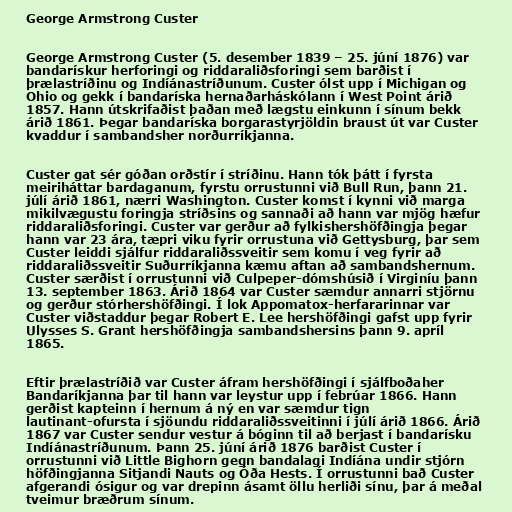
George Armstrong Custer

George Armstrong Custer (5. desember 1839 – 25. júní 1876) var
bandarískur herforingi og riddaraliðsforingi sem barðist í
þrælastríðinu og Indíánastríðunum. Custer ólst upp í Michigan og
Ohio og gekk í bandaríska hernaðarháskólann í West Point árið
1857. Hann útskrifaðist þaðan með lægstu einkunn í sínum bekk
árið 1861. Þegar bandaríska borgarastyrjöldin braust út var Custer
kvaddur í sambandsher norðurríkjanna.

Custer gat sér góðan orðstír í stríðinu. Hann tók þátt í fyrsta
meiriháttar bardaganum, fyrstu orrustunni við Bull Run, þann 21.
júlí árið 1861, nærri Washington. Custer komst í kynni við marga
mikilvægustu foringja stríðsins og sannaði að hann var mjög hæfur
riddaraliðsforingi. Custer var gerður að fylkishershöfðingja þegar
hann var 23 ára, tæpri viku fyrir orrustuna við Gettysburg, þar sem
Custer leiddi sjálfur riddaraliðssveitir sem komu í veg fyrir að
riddaraliðssveitir Suðurríkjanna kæmu aftan að sambandshernum.
Custer særðist í orrustunni við Culpeper-dómshúsið í Virginíu þann
13. september 1863. Árið 1864 var Custer sæmdur annarri stjörnu
og gerður stórhershöfðingi. Í lok Appomatox-herfararinnar var
Custer viðstaddur þegar Robert E. Lee hershöfðingi gafst upp fyrir
Ulysses S. Grant hershöfðingja sambandshersins þann 9. apríl
1865.

Eftir þrælastríðið var Custer áfram hershöfðingi í sjálfboðaher
Bandaríkjanna þar til hann var leystur upp í febrúar 1866. Hann
gerðist kapteinn í hernum á ný en var sæmdur tign
lautinant-ofursta í sjöundu riddaraliðssveitinni í júlí árið 1866. Árið
1867 var Custer sendur vestur á bóginn til að berjast í bandarísku
Indíánastríðunum. Þann 25. júní árið 1876 barðist Custer í
orrustunni við Little Bighorn gegn bandalagi Indíána undir stjórn
höfðingjanna Sitjandi Nauts og Óða Hests. Í orrustunni bað Custer
afgerandi ósigur og var drepinn ásamt öllu herliði sínu, þar á meðal
tveimur bræðrum sínum.